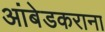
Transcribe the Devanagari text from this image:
आंबेडकराना